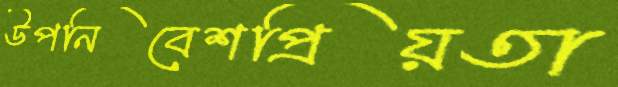
উপনিবেশপ্রিয়তা